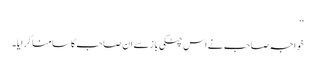
‘‘
خواجہ صاحب نے اس چٹکی باز سے ان صاحب کا سامنا کرایا۔